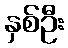
နှစ်ဦး